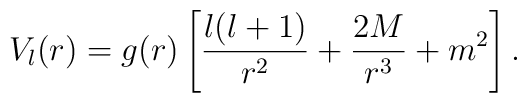
V_l(r)=g(r)\left[{l(l+1)\over r^2}+{2M\over r^3}+m^2\right].